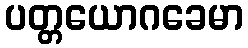
ပတ္တယောဂခေမာ